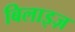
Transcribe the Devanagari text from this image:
बिलाइज़